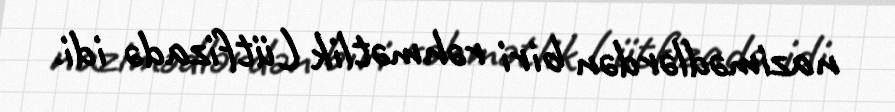
nazimədlərdən biri rəhmətlik Lütfizadə idi.